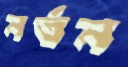
নর্তন